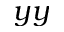
y y